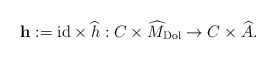
\begin{align*}\mathbf{h}:= \mathrm{id} \times \widehat{h}: C\times \widehat{M}_{\mathrm{Dol}} \to C\times \widehat{A}.\end{align*}